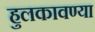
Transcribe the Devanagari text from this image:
हुलकावण्या